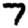
Digit: 7